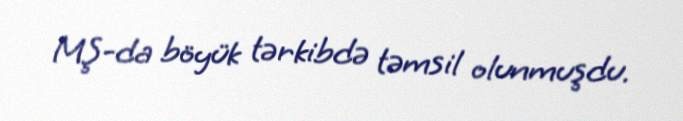
MŞ-da böyük tərkibdə təmsil olunmuşdu.